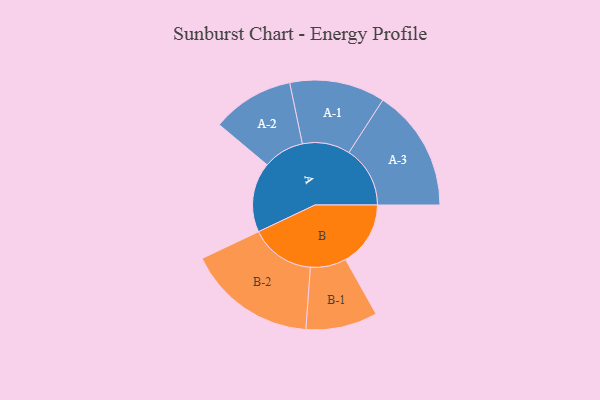
{"axis": {"x": "Segment", "y": "Value"}, "legend": ["", "A", "B"], "data": [{"x": "A", "y": 312, "type": ""}, {"x": "B", "y": 290, "type": ""}, {"x": "A-1", "y": 213, "type": "A"}, {"x": "A-2", "y": 183, "type": "A"}, {"x": "A-3", "y": 273, "type": "A"}, {"x": "B-1", "y": 160, "type": "B"}, {"x": "B-2", "y": 289, "type": "B"}]}